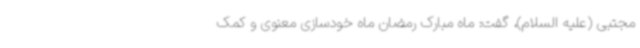
مجتبی (علیه السلام)، گفت: ماه مبارک رمضان ماه خودسازی معنوی و کمک